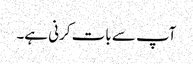
آپ سے بات کرنی ہے۔